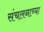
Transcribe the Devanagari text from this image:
संचलनाच्या